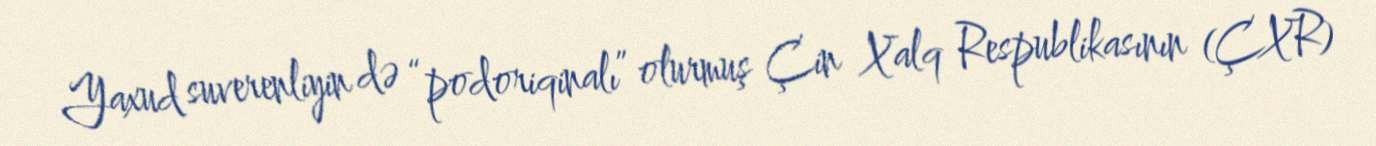
Yaxud suverenliyin də “podoriqinalı” olurmuş Çin Xalq Respublikasının (ÇXR)